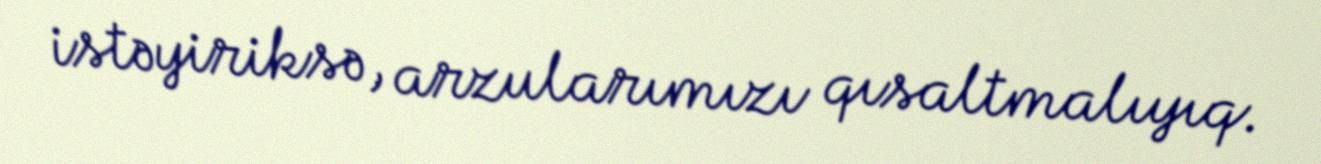
istəyiriksə, arzularımızı qısaltmalıyıq.